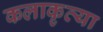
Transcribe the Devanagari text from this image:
कलाकृत्या